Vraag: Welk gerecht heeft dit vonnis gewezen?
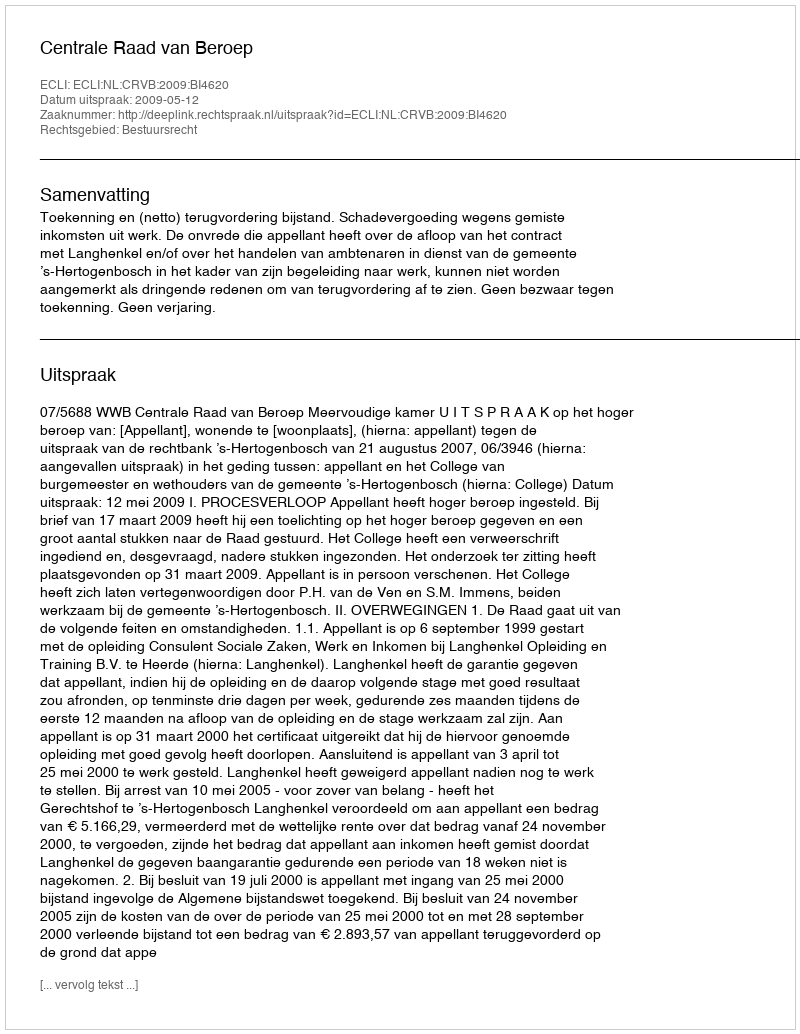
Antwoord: Centrale Raad van Beroep